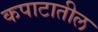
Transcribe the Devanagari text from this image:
कपाटातील